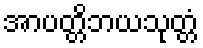
အာပတ္တိဘယသုတ္တံ